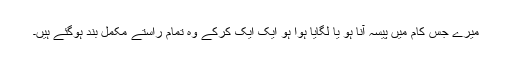
میرے جس کام میں پیسہ آنا ہو یا لگایا ہوا ہو ایک ایک کرکے وہ تمام راستے مکمل بند ہوگئے ہیں۔